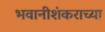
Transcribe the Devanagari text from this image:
भवानीशंकराच्या